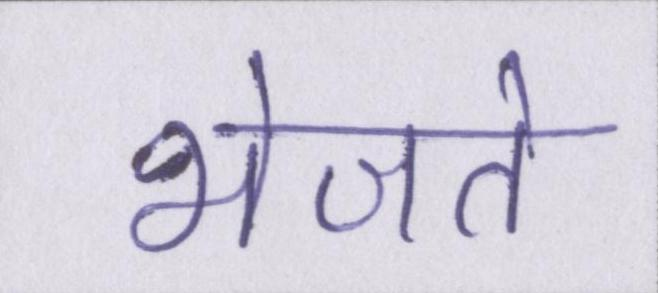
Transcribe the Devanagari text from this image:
भेजते